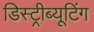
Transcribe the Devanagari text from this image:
डिस्ट्रीब्यूटिंग